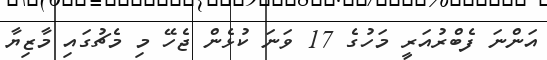
އަންނަ ފެބްރުއަރީ މަހުގެ 17 ވަނަ ކުޅެން ޖެހޭ މި މެޗުގައި މާޒިޔާ